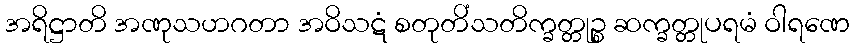
အရိဋ္ဌာတိ အဏုသဟဂတာ အဝိသဋံ စတုတိံသတိက္ခတ္တုဉ္စ ဆက္ခတ္တုပရမံ ဝါရဏေ